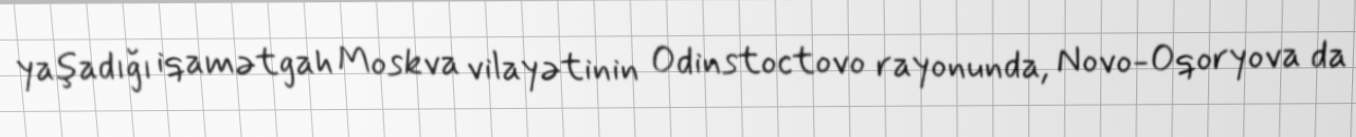
yaşadığı iqamətgah Moskva vilayətinin Odinstoctovo rayonunda, Novo-Oqoryova da